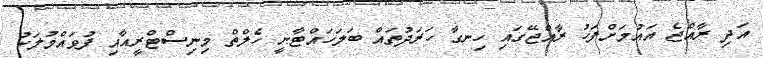
އަދި ރާއްޖެ އައުމަށްފަހު ރާއްޖޭގައި ހިނގާ ހަރަދުތައް ބަލަހައްޓާނީ ހެލްތް މިނިސްޓްރީއާއި ފުވައްމުލަކު